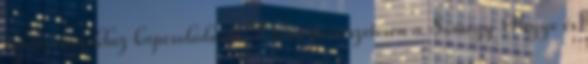
rendezvényekhez kapcsolódnak. A túra természetesen a Somogy Megye és